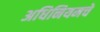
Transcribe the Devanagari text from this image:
अधिनियमचे